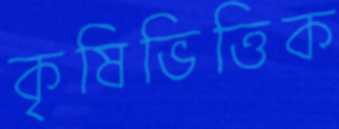
কৃষিভিত্তিক